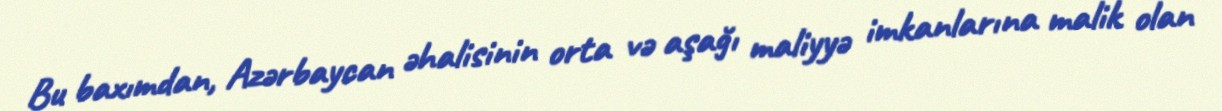
Bu baxımdan, Azərbaycan əhalisinin orta və aşağı maliyyə imkanlarına malik olan